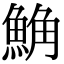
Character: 𩷛